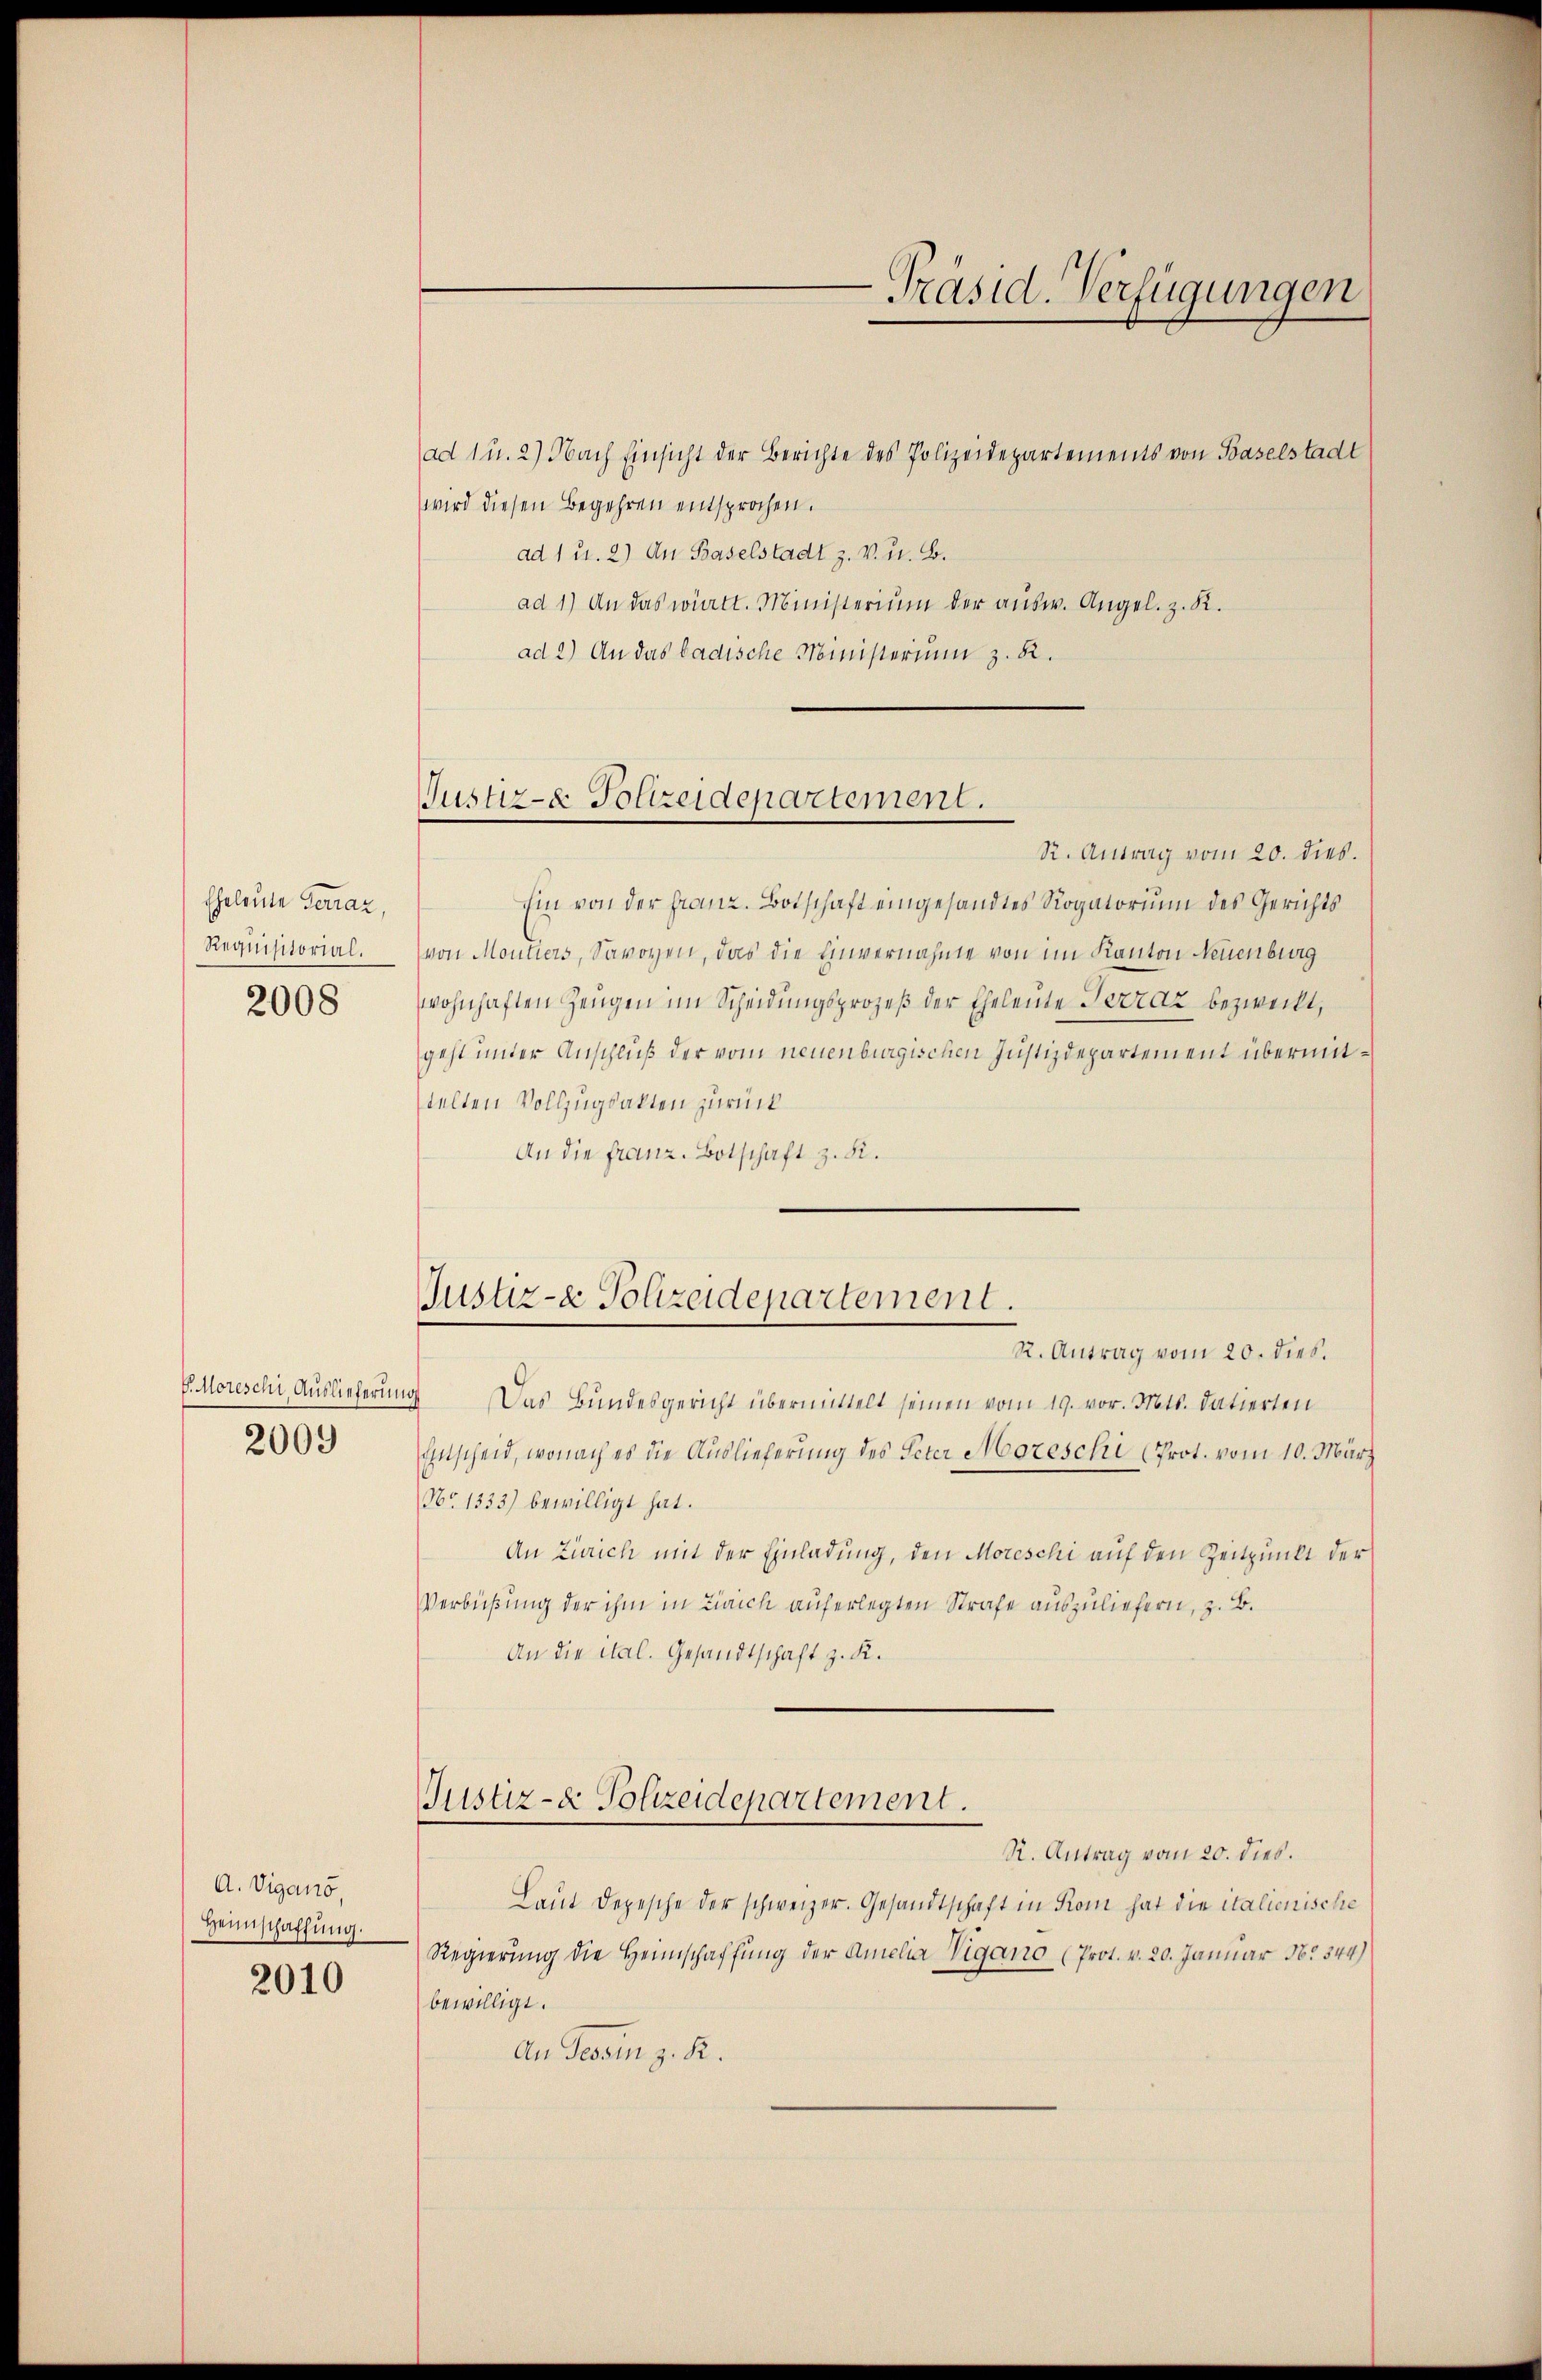
Eheleute Terraz,
Requisitorial.
2008

V. Moreschi, Auslieferung
2009

A. Vigano,
Heimschaffung.
2010

ad 1 u. 2) Nach Einsicht der Berichte des Polizeidepartements von Baselstadt
wird diesen Begehren entsprochen.
ad 1 u. 2) An Baselstadt z. v. u. B.
ad 1) An das württ. Ministerium der aŭsw. Angel. z. R.
ad 2.) An das badische Ministerium z. R.

Justiz- & Polizeidepartement.

Justiz- & Polizeidepartement.
R. Antrag vom 20. dies.

-Präsid. Verfügungen

R. Antrag vom 20. dies.
hin von der Franz. Botschaft eingesandtes Rogatorium des Gerichts
von Moutiers, Savoyen, das die Einvernahme von im Kanton Neuenburg
wohnhaften Zeugen im Scheidungsprozeß der Eheleute Terraz bezweckt,
geht unter Anschluß der vom neuenburgischen Justizdepartement übermittelten Vollzugsakten zurück
An die franz. Botschaft z. B.
 Das Bundesgericht übermittelt seinen vom 19. vor. Mts. datierten
Einscheid, wonach es die Auslieferung des Peter Moreschi (Prot. vom 10. März
No. 1333) bewilligt hat.
An Zürich mit der Einladung, den Moreschi auf den Zeitpunkt der
Verbüßung der ihm in Zürich auferlegten Strafe auszuliefern, z. B.
An die Mal. Gesandtschaft z. K.
Justiz- & Polizeidepartement.
R. Antrag vom 20. dies.
Laŭt Depesche der schweizer. Gesandtschaft in Rom hat die italienische
Regierung die Heimschaffung der Amelia Vigano (Prot. v. 20. Januar No 544)
bewilligt.
An Tessin z. R.